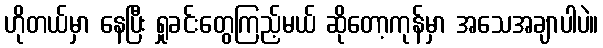
ဟိုတယ်မှာ နေပြီး ရှုခင်းတွေကြည့်မယ် ဆိုတော့ကုန်မှာ အသေအချာပါပဲ။